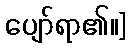
ပျော်ရာ၏။]